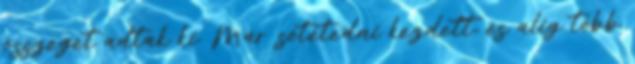
összeget adtak ki. Már sötétedni kezdett, és alig több